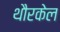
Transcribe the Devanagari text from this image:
थौरकेल